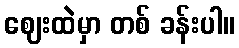
ဈေးထဲမှာ တစ် ခန်းပါ။